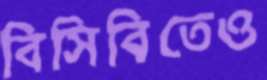
বিসিবিতেও